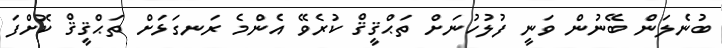
ބުނެލަން ބޭނުން ވަނީ ފުލުހުނަށް ތަޙްޤީޤް ކުރެވޭ އެންމެ ރަނގަޅަށް ތަޙްޤީޤް ކޮށްފަ